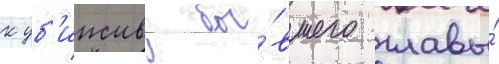
к уб'ииству бы́вшего главы́